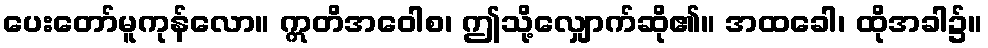
ပေးတော်မူကုန်လော။ ဣတိအဝေါစ၊ ဤသို့လျှောက်ဆို၏။ အထခေါ၊ ထိုအခါ၌။